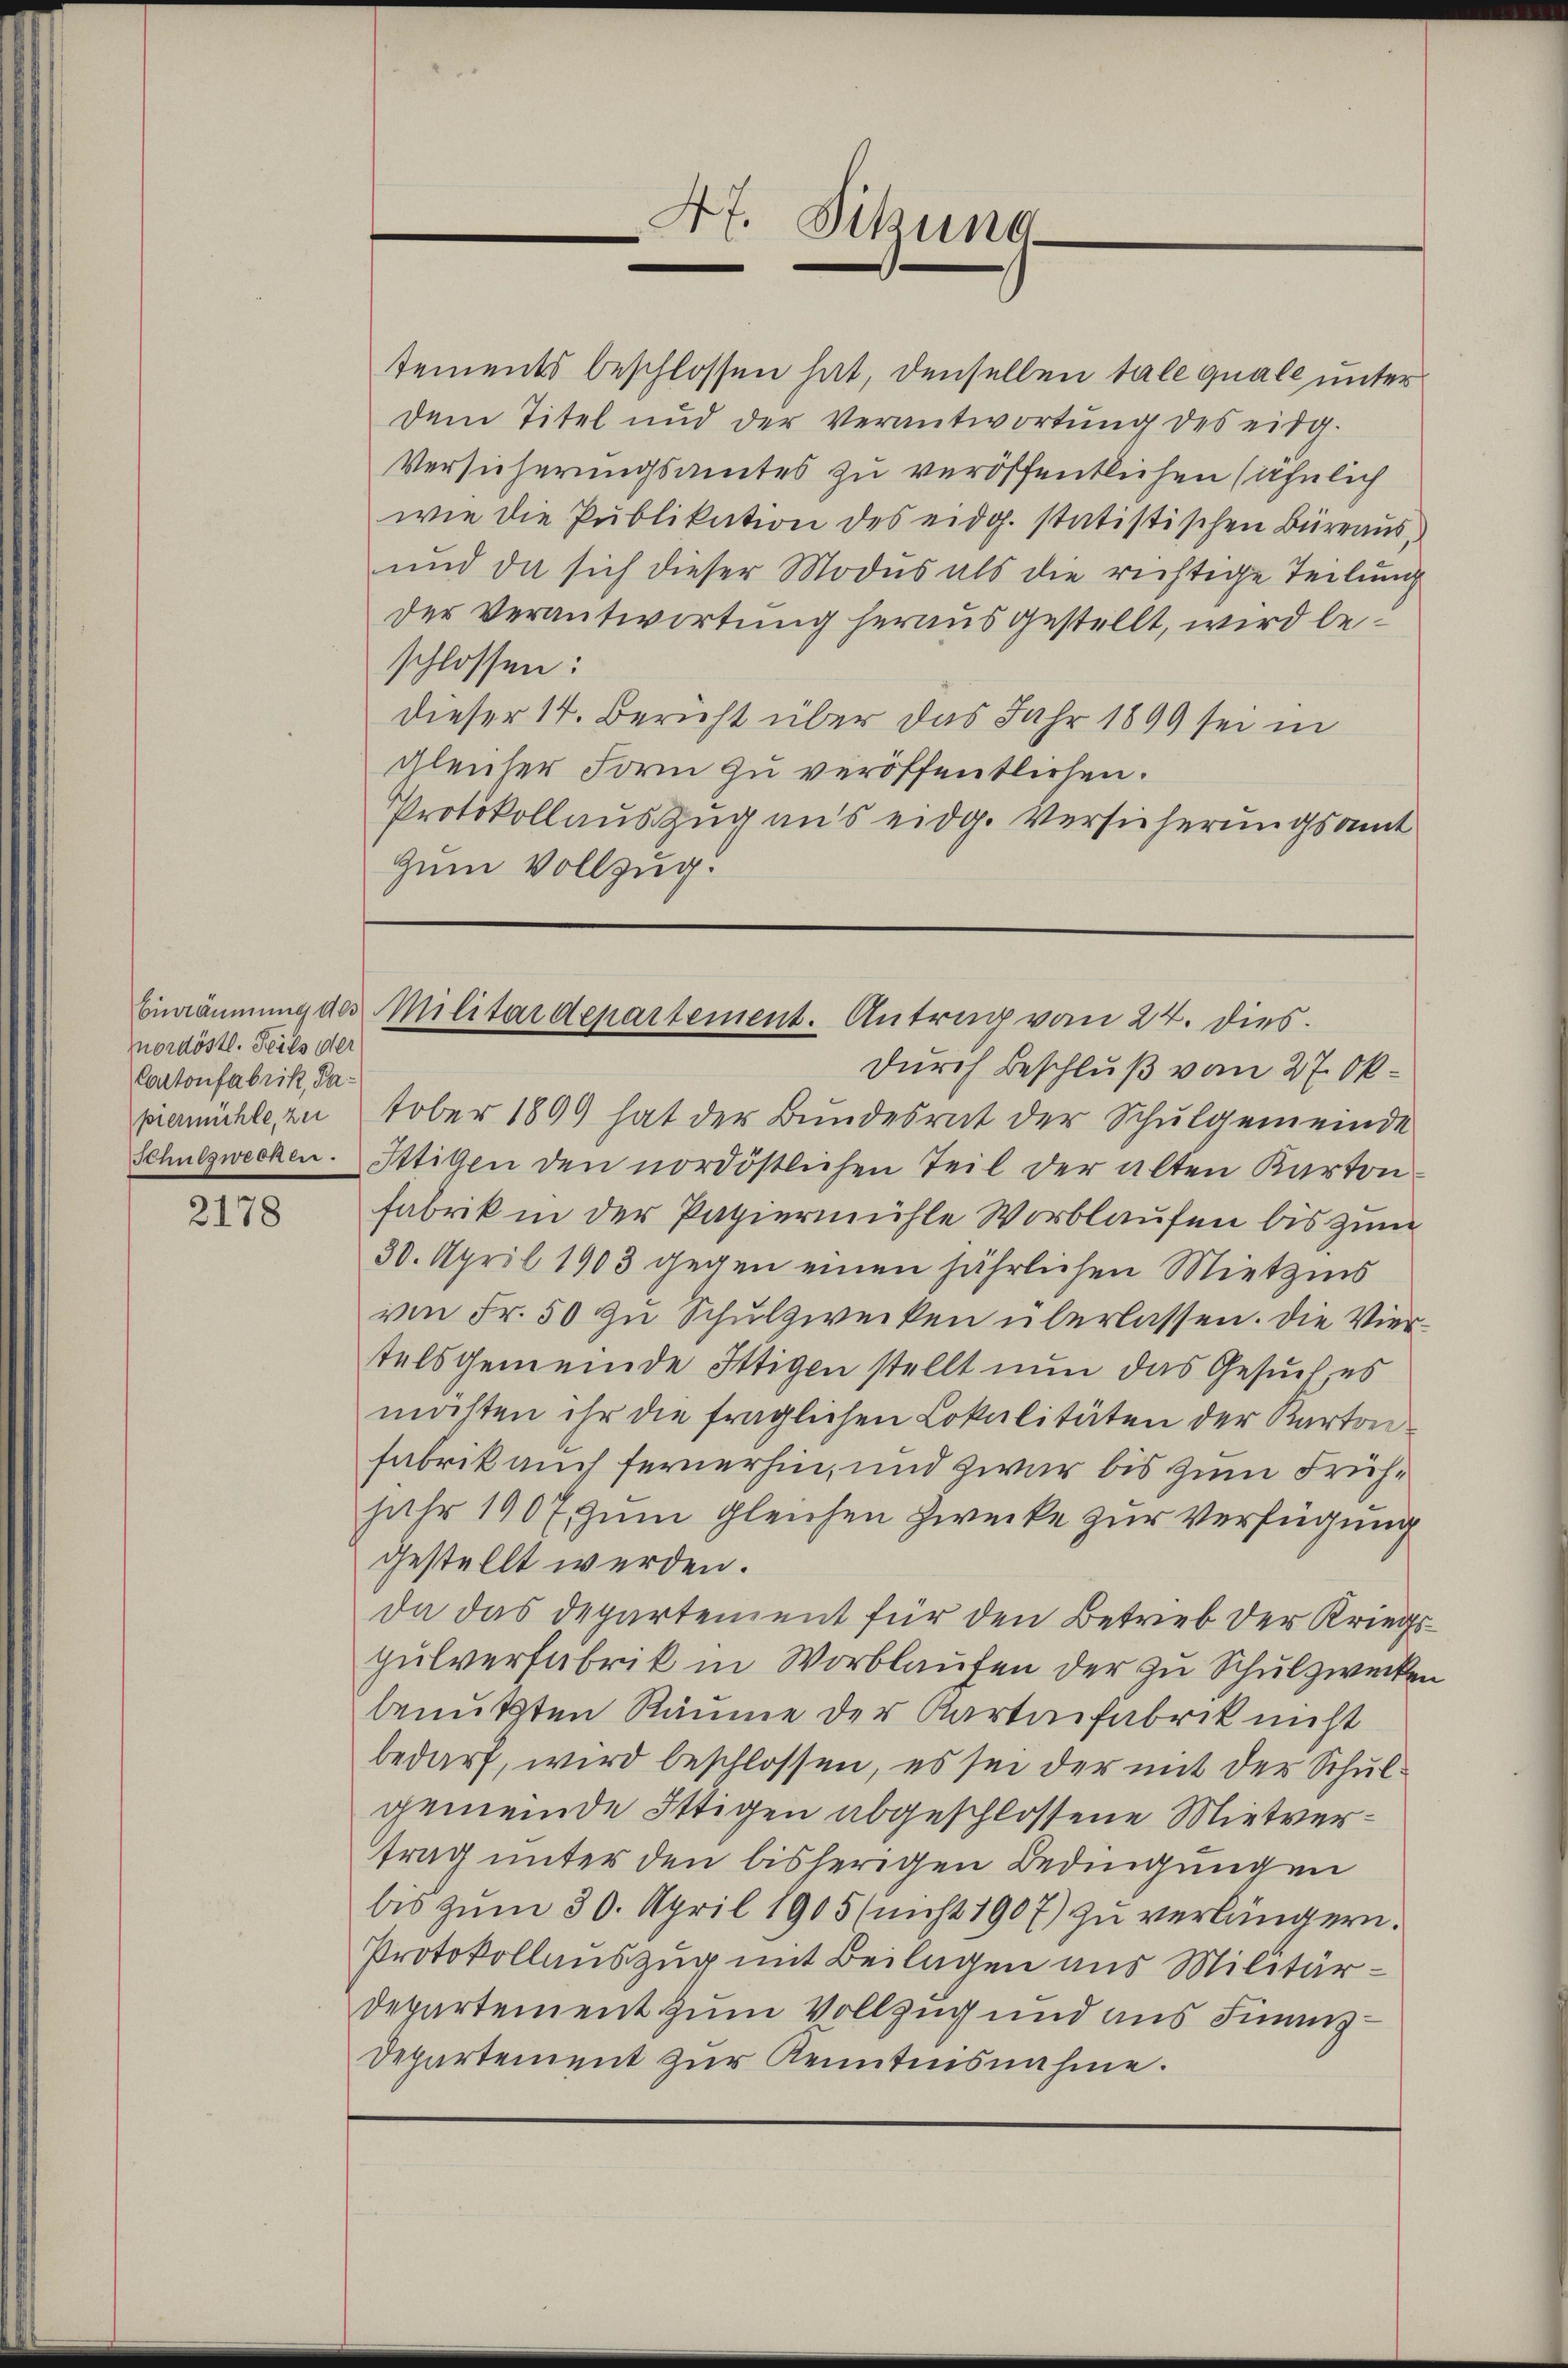
Einräumung 403
nordöstl. Teils der
Contonfabrik, Dapiermühle, zu

2178

tements beschlossen hat, denselben tale quale unter
dem Titel und der Verantwortŭng des eidg.
Versicherungsamtes zu veröffentlichen (ähnlich
wie die Pŭblikation des eidg. statistischen Büreaŭs-
und da sich dieser Modus als die richtige Teilung
der Verantwortung herausgestellt, wird beschlossen:
dieser 14. Bericht über das Jahr 1899 sei in
gleicher Form zu veröffentlichen.
Protokollauszug aus eidg. Versicherungsamt
Zum Vollzug.

47. Sitzung

Militärdepartement. Antrag vom 24. dies

durch Beschluß vom 27. Oktober 1899 hat der Bundesrat der Schulgemeinde
Schulzwecken. Ittitten den nordöstlichen Teil der alten Karton-
Fabrik in der Papiermühle Vorblaufen bis zum
30. April 1903 gegen einen jährlichen Mietzins
von Fr. 50 zu Schulzwecken überlassen. Die Viertels gemeinde Ittigen stellt nun das Gesuch, es
möchten ihr die fraglichen Lokalitäten der Karton
Fabrik auch fernerhin, und zwar bis zum Frühjahr 1907 zum gleichen Zwecke zur Verfügung
gestellt werden.
da das Departement für den Betrieb der Kriegspulverfabrik in Worblaufen der zu Schulzwecken
benutzten Räume der Kartenfabrik nicht
bedarf, wird beschlossen, es sei der mit der Schulgemeinde Ottigen abgeschlossene Mietvertrag unter den bisherigen Bedingungen
bis zum 30. April 1905 (nicht 1907) zu verlängern.
Protokollauszug mit Beilagen aus Militär¬
Departement zum Vollzug und aus Finanz¬
Departement zur Kenntnisnahme.